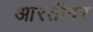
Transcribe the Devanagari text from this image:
आरतीवर